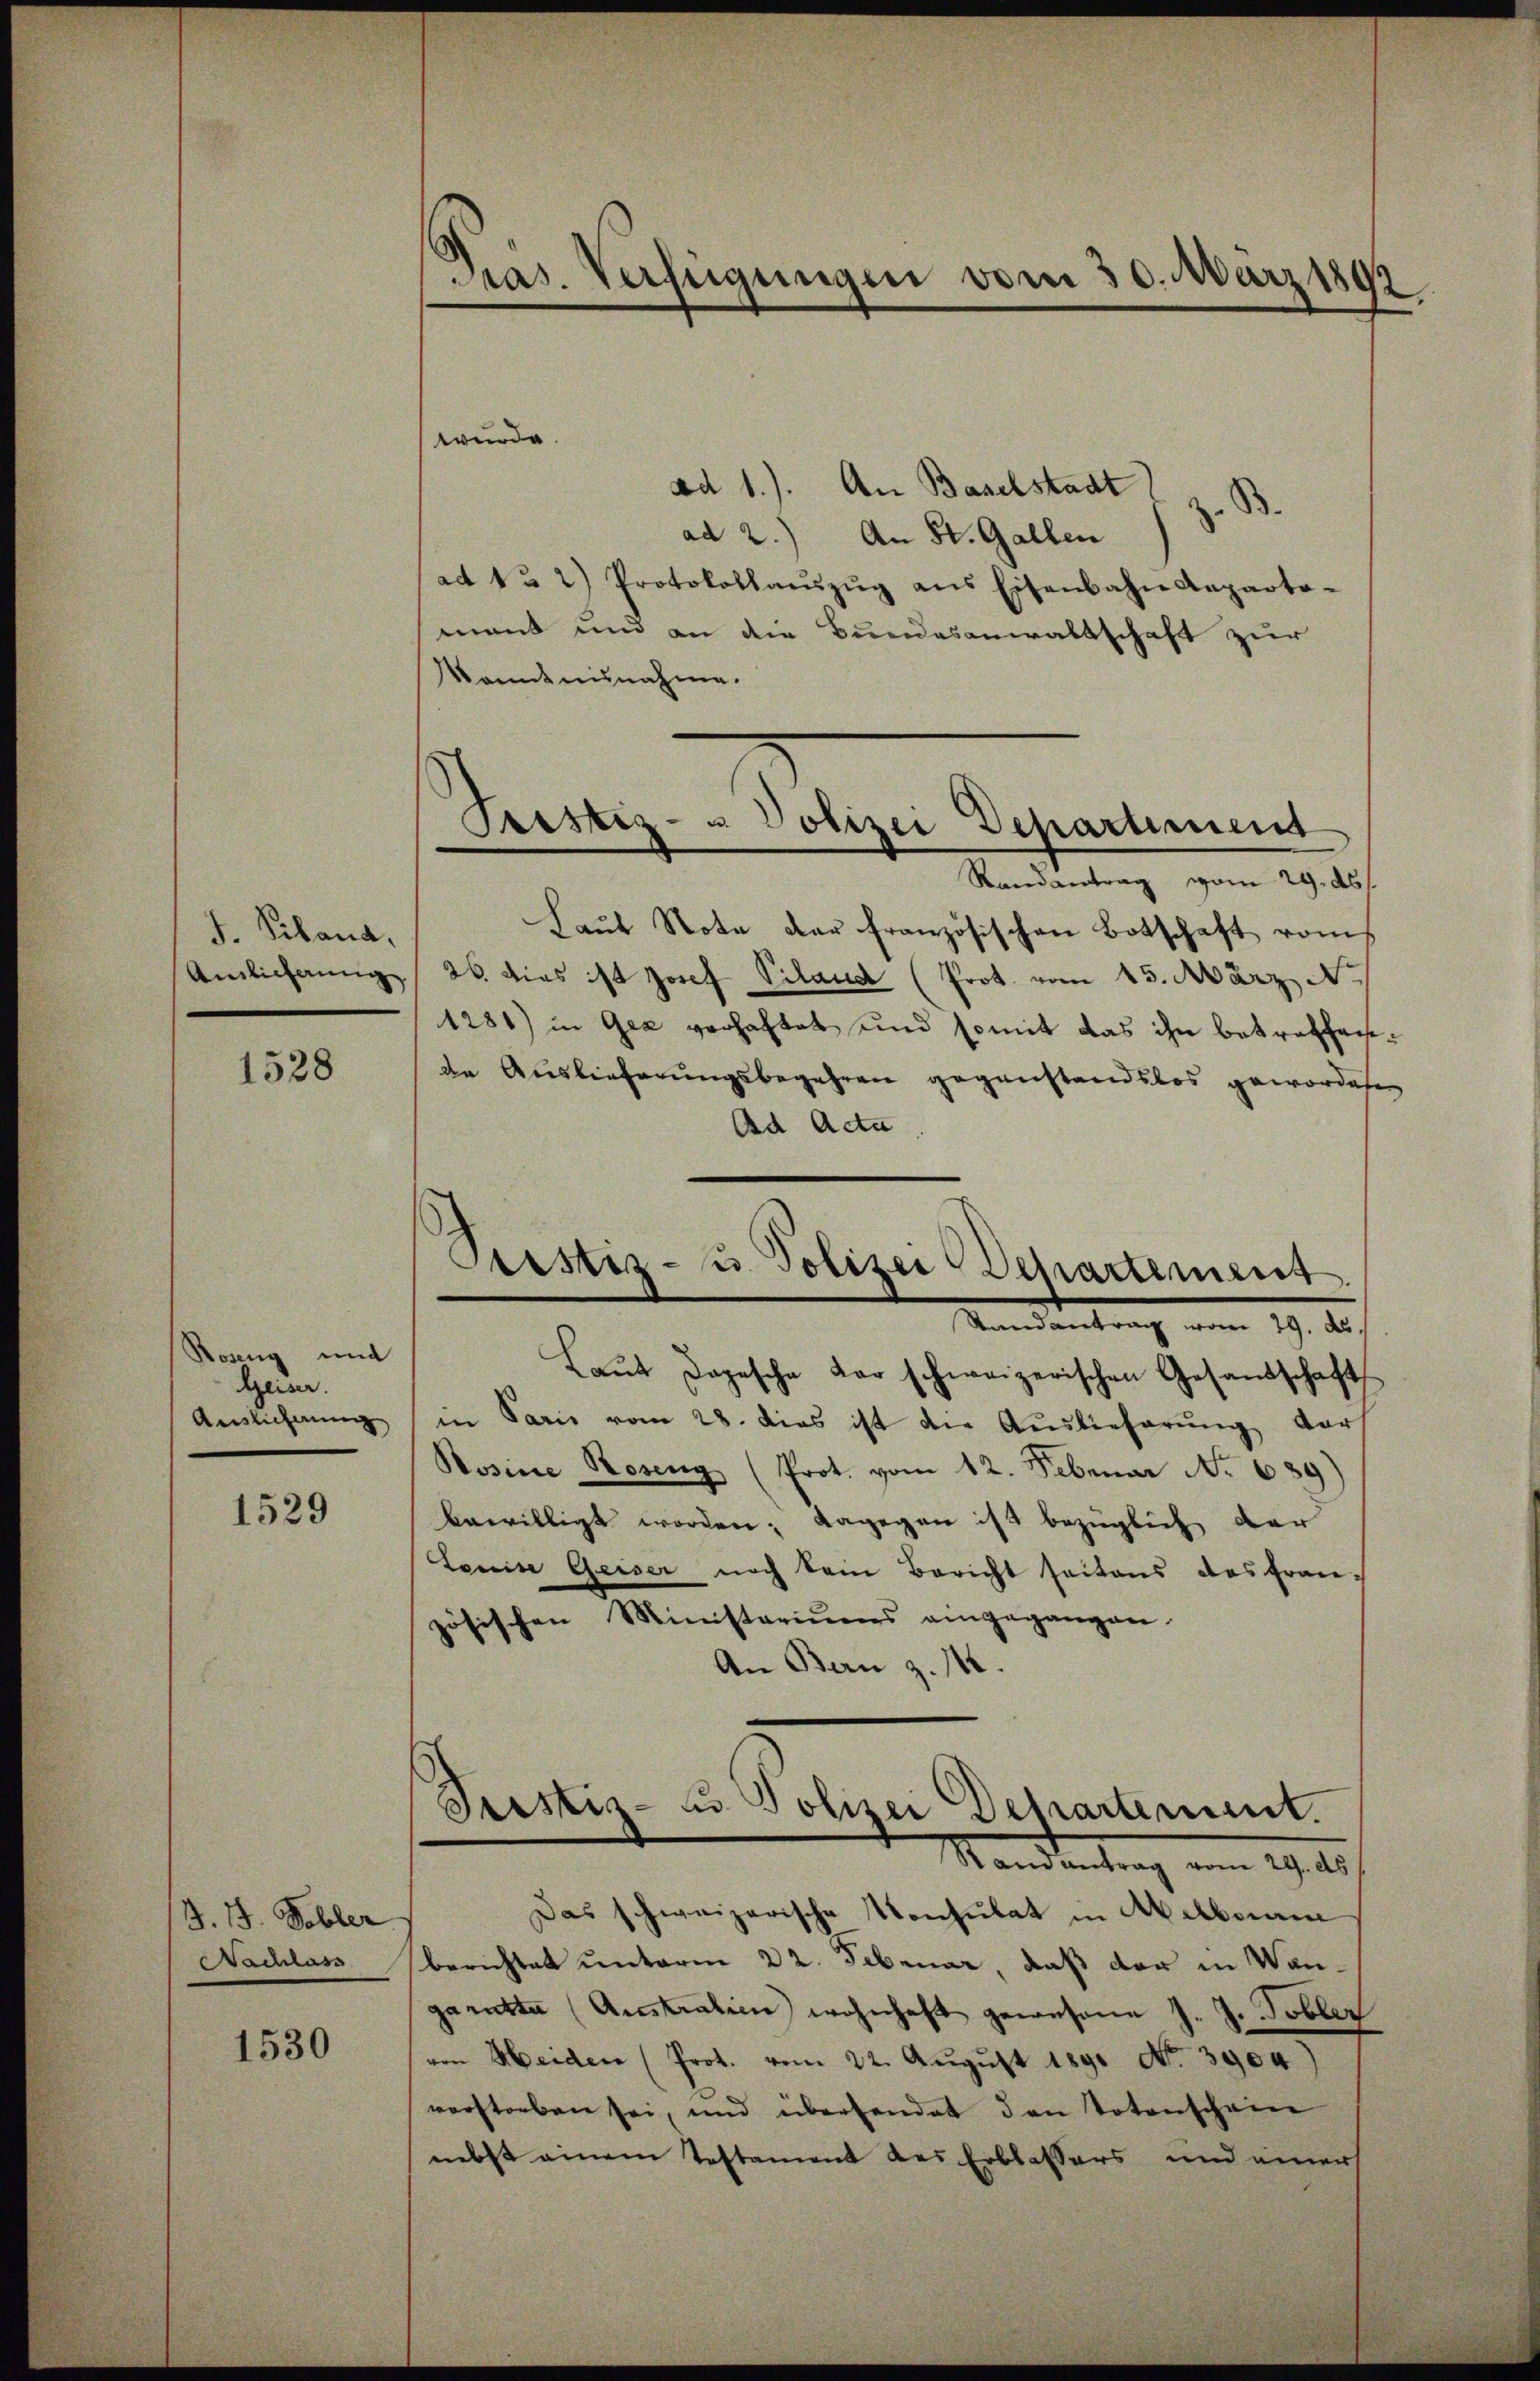
J. Piland,
Auslieferung

1528

Roseng und
Heiser.
Auslicherung

1529

J. 17. Tobler
Nachlas

1530

Pras. Verfügungen vom 30. März 1892

wurde.
ad 1.). An Baselstadt z. B.
ad 2.) An St. Gallen
ad 1 u 2) Protokollaŭszŭg ans Eisenbahn Anparta-
ment und an die Bundesanwaltschaft zur
konntnisnahme.
Randantrag vom 29. ds.
Laŭt Note der französischen Botschaft vom
26. dies ist Josef Piland (Prot. vom 15. März No. 1
1281) in Gea verhaftet und somit das ihn betreffen
de Auslieferungsbegehren gegenstandslos geworde
Ad Acta
Laŭt Depesche der schweizerischen Gesandschaft
in Paris vom 28. dies ist die Auslieferung dars
Rosine Roseng (Prot. vom 12. Februar No 689)
bewilligt worden; dagegen ist bezüglich der
Louise Geiser noch kein Bericht seitens das fran-
zösischen Ministeriums eingegangen.
An Bern z. 112.
Sistiz- u. Polizei Departement.
Randantrag vom 29. ds
Das schweizerische Konsulat in Melbornen
berichtet unterm 22. Februar, daß der in Wangarette (Austration wohnhaft gewesene J. J. Tobler
von Heiden (Prot. vom 22. August 1891 No 3904)
vorstorben sei, und überhandet den Totenschein
nebst einem Testament des Erblassers und einer

Tristiz- & Polizei Departement

Prestiz- u. Polizei Departement.
Randantrag von 29. d.